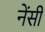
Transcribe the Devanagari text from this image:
नेंसी